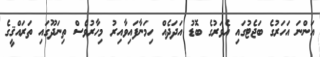
އަންނަ އަހަރުގެ ބަޖެޓުގައި އެވަރުގެ ބޮޑު އަދަދެއް ހިމަނާފައިވާއިރު މިހާރުވެސް ތިނަދޫގައި ތަރައްޤީގެ